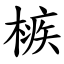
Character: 槉